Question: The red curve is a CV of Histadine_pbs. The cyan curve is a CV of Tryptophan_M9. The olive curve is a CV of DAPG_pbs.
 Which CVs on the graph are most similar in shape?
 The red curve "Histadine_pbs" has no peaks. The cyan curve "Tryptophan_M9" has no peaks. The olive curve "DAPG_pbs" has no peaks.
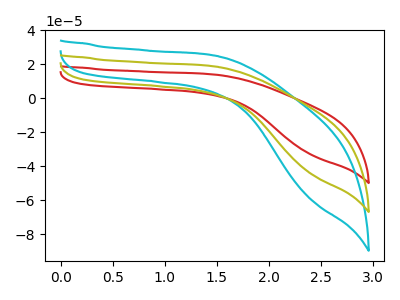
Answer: <think>Neither "Histadine_pbs" or "Tryptophan_M9" have any peaks. Neither "Histadine_pbs" or "DAPG_pbs" have any peaks. Neither "Tryptophan_M9" or "DAPG_pbs" have any peaks.
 </think>
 <answer>"Histadine_pbs", "Tryptophan_M9" and "DAPG_pbs" have the same shape and are likely CV's of the same chemical.</answer>
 <eval>"Histadine_pbs" "Tryptophan_M9" "DAPG_pbs"</eval>